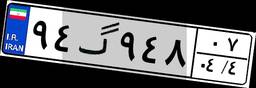
۹۴گ۹۴۸۰۷